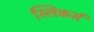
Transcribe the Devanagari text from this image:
स्लिकर्स